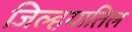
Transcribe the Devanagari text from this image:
जिल्हयातिल